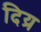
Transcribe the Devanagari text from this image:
दिय्र